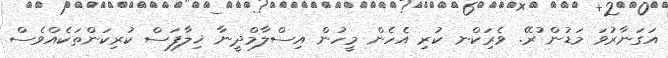
އަގަނާރުވަ މަޑުން ުރޭ. ވެރިަކްނ ކުރި އެހެން މީހުން އިސްލާމްދީނާ ޚިލާފަސް ކުރިކަންތަކެއްވެސް